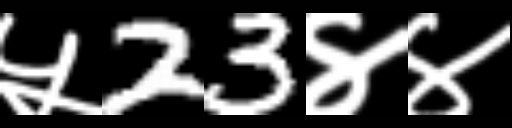
Text: ५23४४